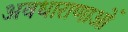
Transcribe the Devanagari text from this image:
अवधाराणाओं